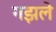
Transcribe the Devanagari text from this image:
गझले